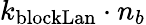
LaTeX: k_{\mathrm{blockLan}}\cdot n_{b}